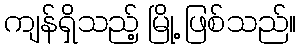
ကျန်ရှိသည့် မြို့ ဖြစ်သည်။